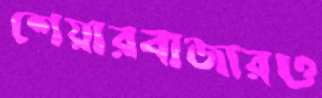
শেয়ারবাজারও